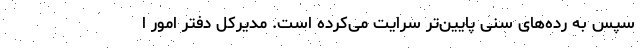
سپس به رده‌های سنی پایین‌تر سرایت می‌کرده است. مدیرکل دفتر امور ا